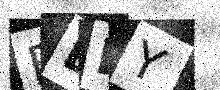
Text: BDBY